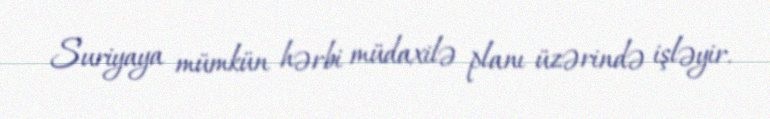
Suriyaya mümkün hərbi müdaxilə planı üzərində işləyir.